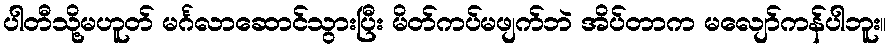
ပါတီသို့မဟူတ် မင်္ဂလာဆောင်သွားပြီး မိတ်ကပ်မဖျက်ဘဲ အိပ်တာက မလျော်ကန်ပါဘူး။